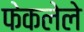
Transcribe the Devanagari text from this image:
फेकलेले